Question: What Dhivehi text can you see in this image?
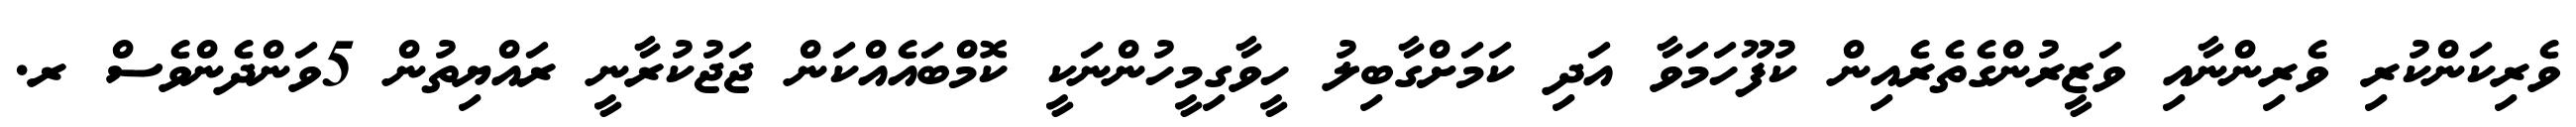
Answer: ވެރިކަންކުރި ވެރިންނާއި ވަޒީރުންގެތެރެއިން ކުފޫހަމަވާ އަދި ކަމަށްގާބިލު ހީވާގިމީހުންނަކީ ކޮމްބައެއްކަން ޖަޖުކުރާނީ ރައްޔިތުން 5ވަންދެންވެސް ރ.